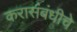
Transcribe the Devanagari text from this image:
करासंबंधीचे